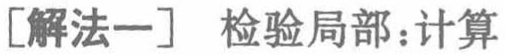
[解法一] 检验局部：计算